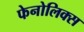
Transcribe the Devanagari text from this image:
फेनोलिक्स